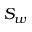
S _ { w }